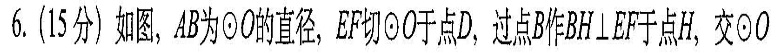
6.(15分）如图，AB为⊙O的直径，EF切⊙O于点D，过点B作BH⊥EF于点H，交⊙O